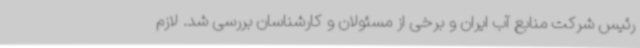
رئیس شرکت منابع آب ایران و برخی از مسئولان و کارشناسان بررسی شد. لازم